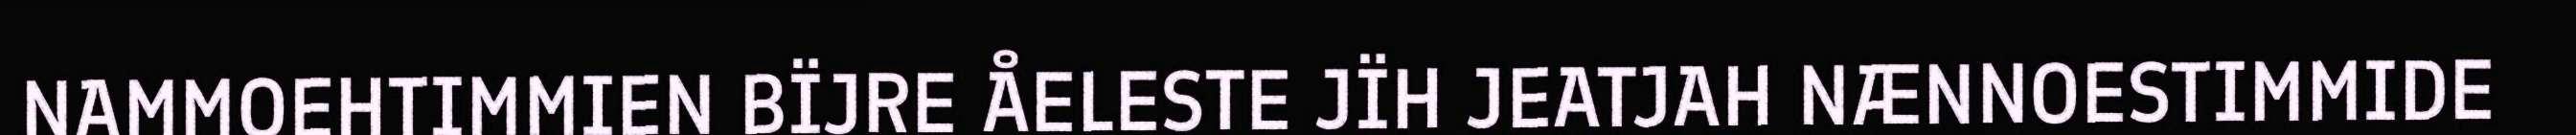
NAMMOEHTIMMIEN BÏJRE ÅELESTE JÏH JEATJAH NÆNNOESTIMMIDE